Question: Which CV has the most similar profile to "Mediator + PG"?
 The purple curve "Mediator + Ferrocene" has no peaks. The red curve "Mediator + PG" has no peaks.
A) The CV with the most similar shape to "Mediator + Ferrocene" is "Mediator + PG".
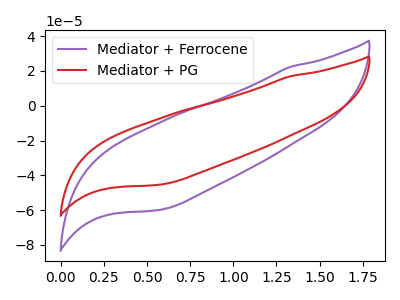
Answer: <think>Neither "Mediator + Ferrocene" or "Mediator + PG" have any peaks.
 </think>
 <answer>A) The CV with the most similar shape to "Mediator + Ferrocene" is "Mediator + PG".</answer>
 <eval>A</eval>